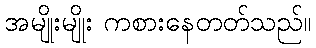
အမျိုးမျိုး ကစားနေတတ်သည်။